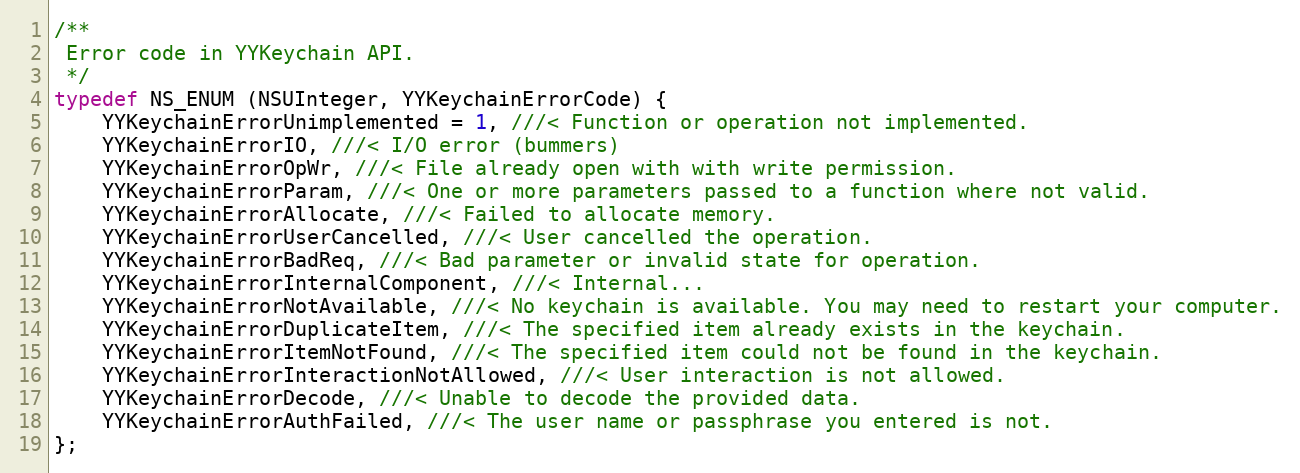
Language: C
/**
 Error code in YYKeychain API.
 */
typedef NS_ENUM (NSUInteger, YYKeychainErrorCode) {
    YYKeychainErrorUnimplemented = 1, ///< Function or operation not implemented.
    YYKeychainErrorIO, ///< I/O error (bummers)
    YYKeychainErrorOpWr, ///< File already open with with write permission.
    YYKeychainErrorParam, ///< One or more parameters passed to a function where not valid.
    YYKeychainErrorAllocate, ///< Failed to allocate memory.
    YYKeychainErrorUserCancelled, ///< User cancelled the operation.
    YYKeychainErrorBadReq, ///< Bad parameter or invalid state for operation.
    YYKeychainErrorInternalComponent, ///< Internal...
    YYKeychainErrorNotAvailable, ///< No keychain is available. You may need to restart your computer.
    YYKeychainErrorDuplicateItem, ///< The specified item already exists in the keychain.
    YYKeychainErrorItemNotFound, ///< The specified item could not be found in the keychain.
    YYKeychainErrorInteractionNotAllowed, ///< User interaction is not allowed.
    YYKeychainErrorDecode, ///< Unable to decode the provided data.
    YYKeychainErrorAuthFailed, ///< The user name or passphrase you entered is not.
};